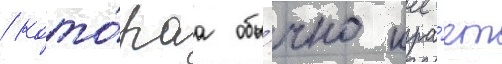
/ кото́раа обы́чно игра́ет